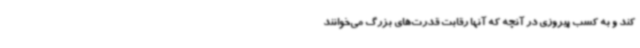
کند و به کسب پیروزی در آنچه که آنها رقابت قدرت‌های بزرگ می‌خوانند